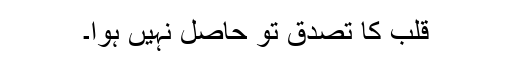
قلب کا تصدق تو حاصل نہیں ہوا۔